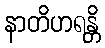
နာတိဟရန္တိ